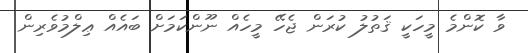
ވާ ކޮންމެ މީހަކީ ޤަތުލު ކުރަން ޖެހޭ މީހެއް ނޫންކަމަށް ބައެއް ޢިލްމުވެރިން